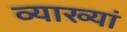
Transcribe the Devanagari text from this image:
व्याख्यां